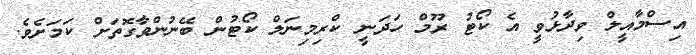
އިސްމާއީލް ވިދާޅުވީ އެ ކޯޓު ރޫމް ހަދަނީ ކްރިމިނަލް ކޯޓުން ބޭނުންވާގޮތަށް ކަމަށެވެ.